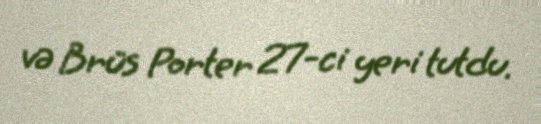
və Brüs Porter 27-ci yeri tutdu.